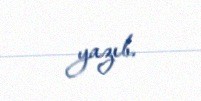
yazıb.